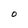
Character: O